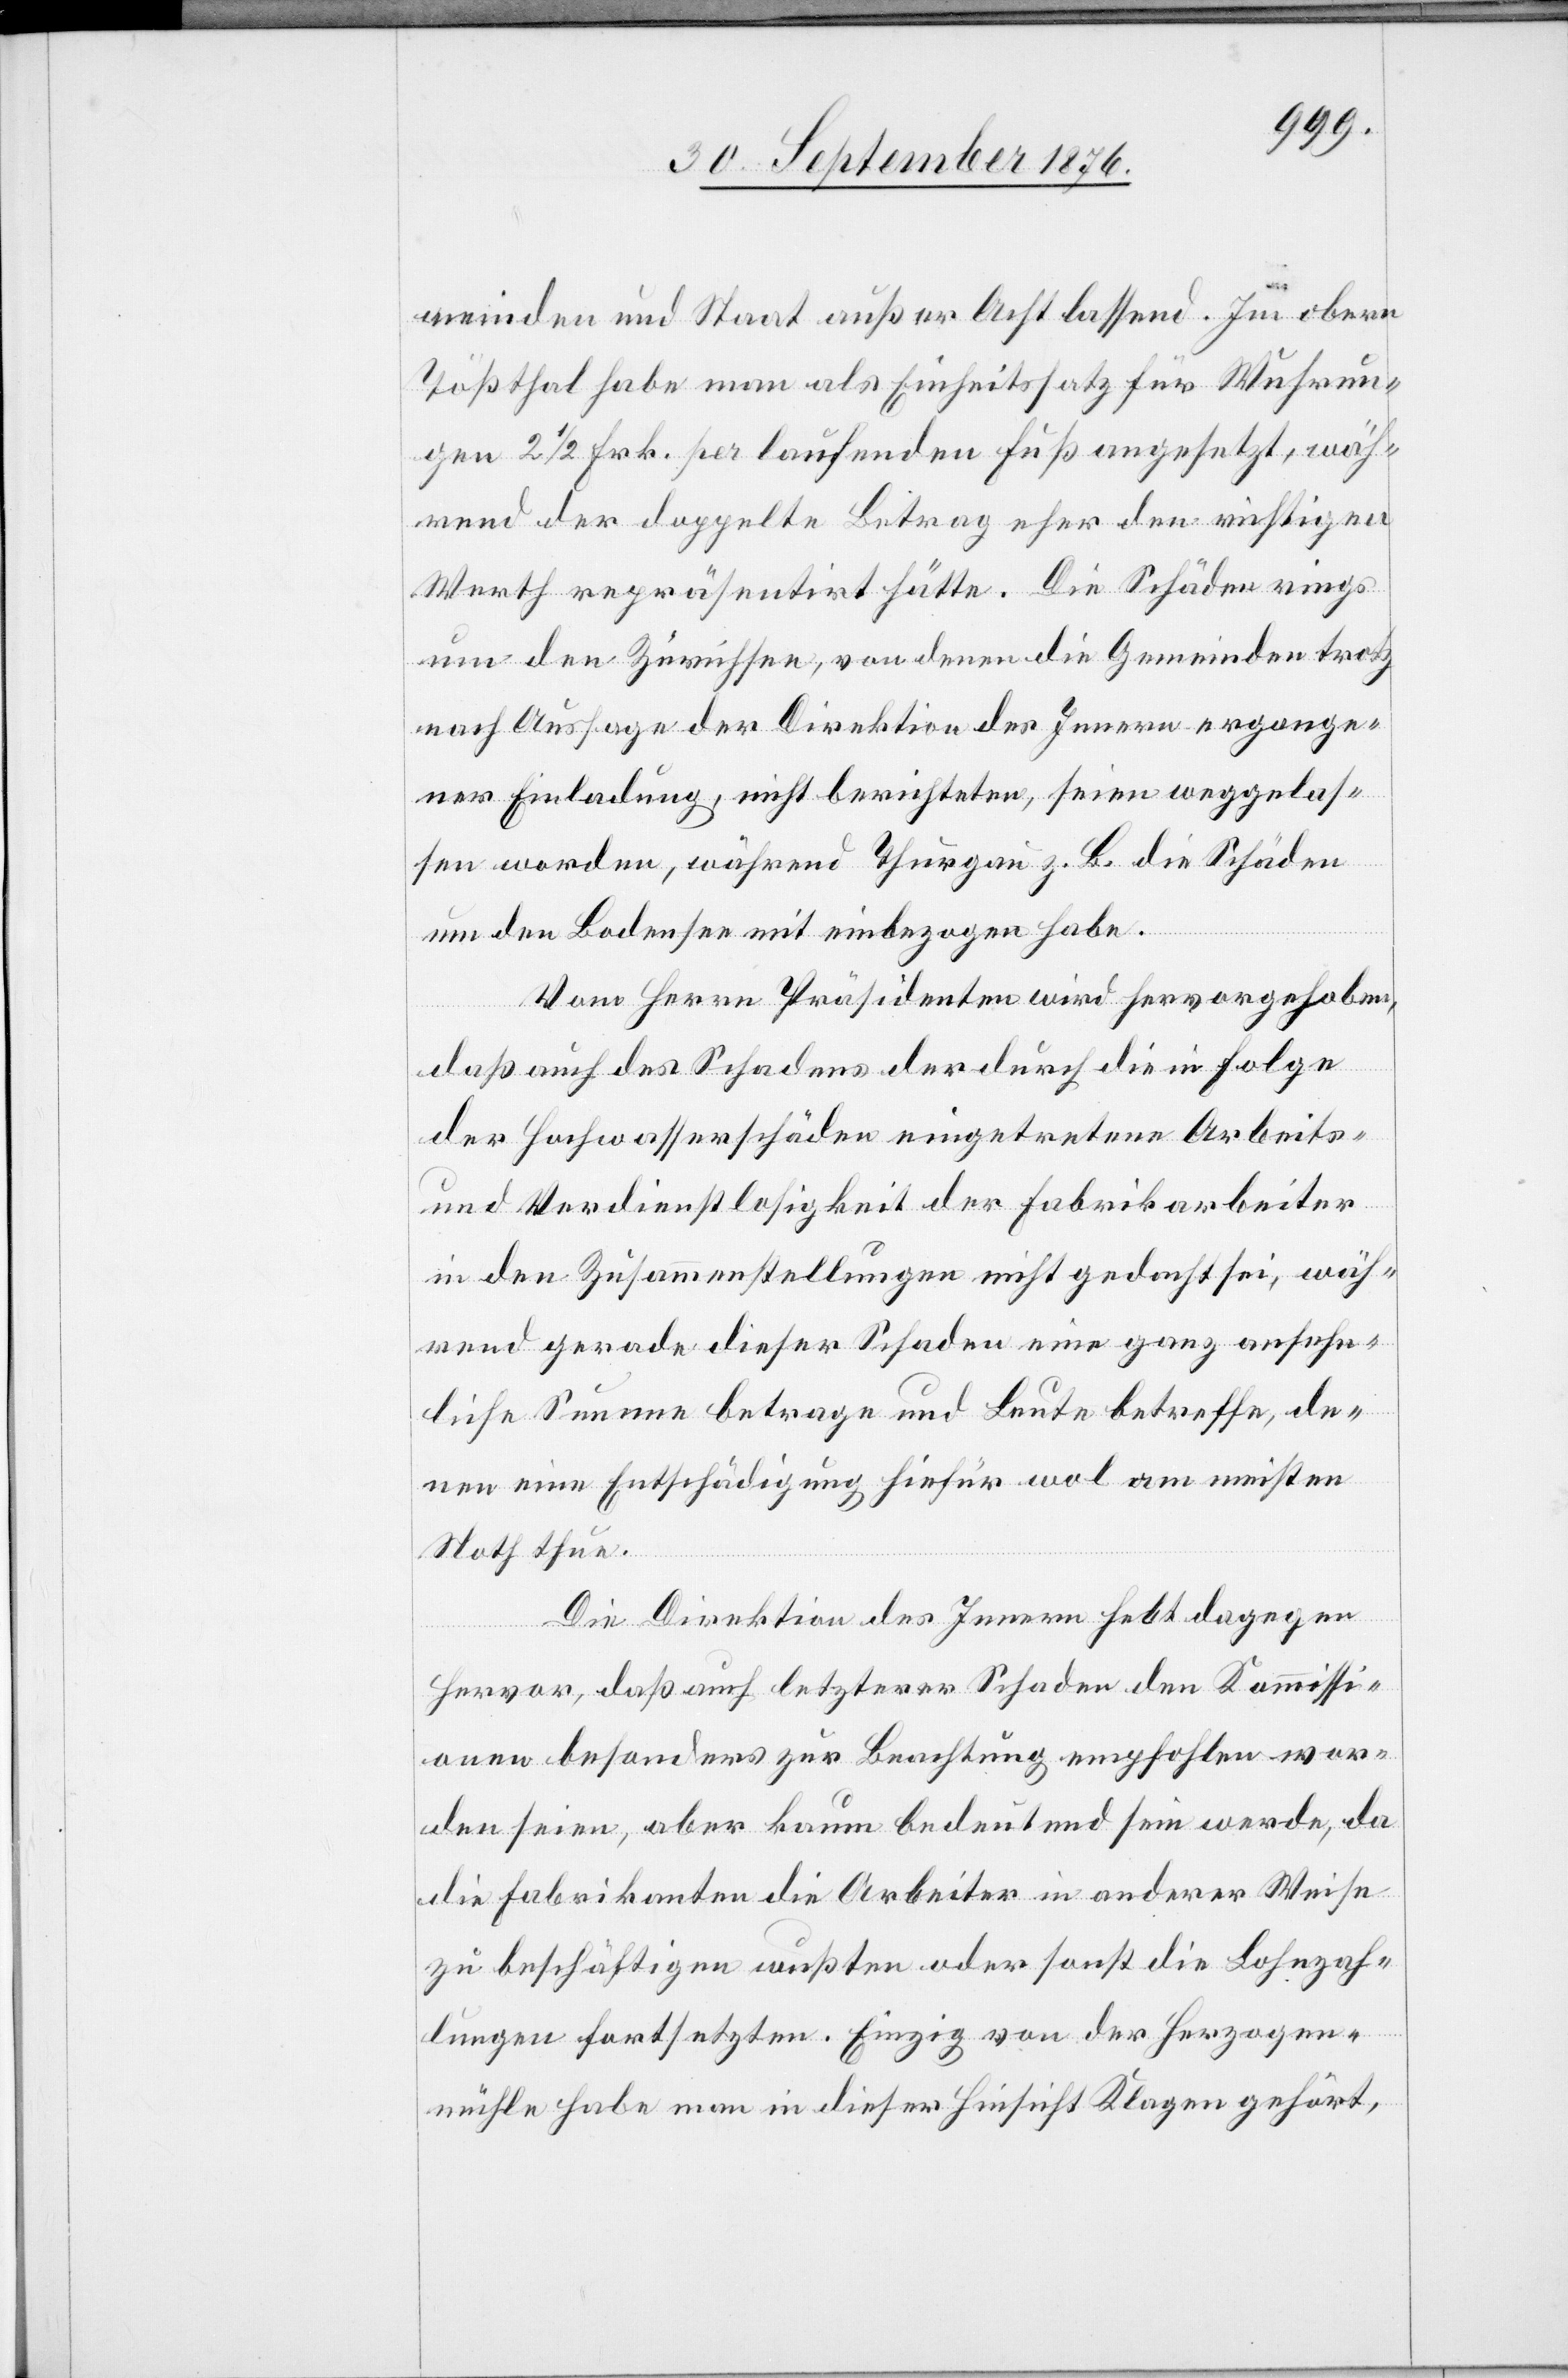
meinden und Staat außer Acht lassend. Im obern
Tößthal habe man als Einheitssatz für Wuhrun¬
gen 2 1/2 Frk. per laufenden Fuß angesetzt, wäh¬
rend der doppelte Betrag eher den richtigen
Werth repräsentirt hätte. Die Schäden rings
um den Zürichsee, von denen die Gemeinden trotz
nach Aussage der Direktion des Innern ergange¬
ner Einladung, nicht berichteten seien weggelas¬
sen worden, während Thurgau z. B. die Schäden
um den Bodensee mit einbezogen habe.
Vom Herrn Präsidenten wird hervorgehoben,
ge¬
daß auch des Schadens der durch die in Folge
der Hochwasserschäden eingetretene Arbeit¬
s-und Verdienstlosigkeit der Fabrikarbeiter
in den Zusammenstellungen nicht gedacht sei, wäh¬
rend gerade dieser Schaden eine ganz ansehn¬
liche Summe betrage und Leute betreffe, de¬
nen eine Entschädigung hiefür wol am meisten
Noth thue.
Die Direktion des Innern hebt dagegen
hervor, daß auch letzterer Schaden den Kommissi¬
onen besonders zur Beachtung empfohlen wor¬
den seien, aber kaum bedeutend sein werde, da
diese Fabrikanten die Arbeiter in anderer Weise
zu beschäftigen wußten oder sonst die Lohzah¬
lungen fortsetzten. Einzig von der Herzogen¬
mühle habe man in dieser Hinsicht Klagen gehört,